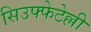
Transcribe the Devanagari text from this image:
सिउफ्फेटेल्ली